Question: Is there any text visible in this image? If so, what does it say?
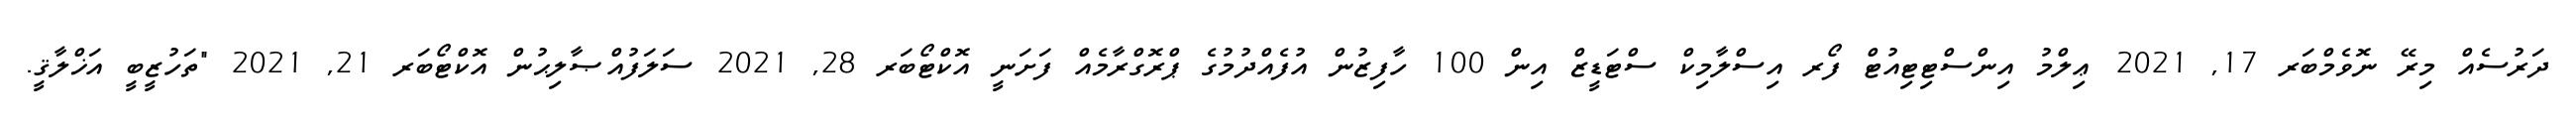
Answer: ދަރުސެއް މިރޭ ނޮވެމްބަރ 17, 2021 ޢިލްމު އިންސްޓިޓިއުޓް ފޯރ އިސްލާމިކް ސްޓަޑީޒް އިން 100 ހާފިޒުން އުފެއްދުމުގެ ޕްރޮގްރާމެއް ފަށަނީ އޮކްޓޯބަރ 28, 2021 ސަލަފުއްޞާލިޙުން އޮކްޓޯބަރ 21, 2021 "ތަހުޒީބީ އަޚްލާޤީ.